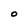
Character: O